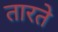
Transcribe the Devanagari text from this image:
तारते